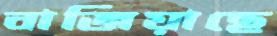
বাজিয়াছে